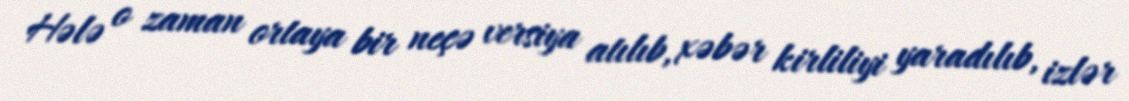
Hələ o zaman ortaya bir neçə versiya atılıb, xəbər kirliliyi yaradılıb, izlər